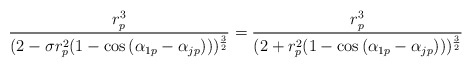
\begin{align*} \frac{r_{p}^{3}}{(2-\sigma r_{p}^{2}(1-\cos{(\alpha_{1p}-\alpha_{jp})}))^{\frac{3}{2}}}=\frac{r_{p}^{3}}{(2+r_{p}^{2}(1-\cos{(\alpha_{1p}-\alpha_{jp})}))^{\frac{3}{2}}} \end{align*}